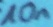
Text: 10n